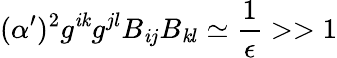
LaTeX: (\alpha^{\prime})^{2}g^{\mathit{i}\mathit{k}}g^{jl}B_{\mathit{i}j}B_{\mathit{k}l}\simeq{\frac{{1}}{{\epsilon}}}>>1